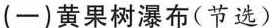
(一)黄果树瀑布(节选)